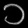
Digit: ၁